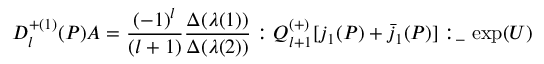
{ \cal D } _ { l } ^ { + ( 1 ) } ( P ) { \cal A } = \frac { ( - 1 ) ^ { l } } { ( l + 1 ) } \frac { \Delta ( \lambda ( 1 ) ) } { \Delta ( \lambda ( 2 ) ) } : Q _ { l + 1 } ^ { ( + ) } [ j _ { 1 } ( P ) + \bar { j } _ { 1 } ( P ) ] : _ { - } \exp ( U )